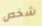
شخص